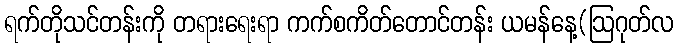
ရက်တိုသင်တန်းကို တရားရေးရာ ကက်စကိတ်တောင်တန်း ယမန်နေ့(ဩဂုတ်လ